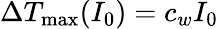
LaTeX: \Delta T_{\mathrm{max}}(I_{0})=c_{w}I_{0}